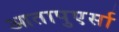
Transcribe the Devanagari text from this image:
आतापुएर्सा